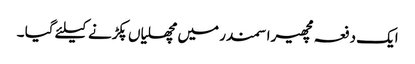
ایک دفعہ مچھیرا سمندر میں مچھلیاں پکڑنے کیلئے گیا ۔